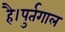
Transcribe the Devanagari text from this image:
है।पुर्तगाल